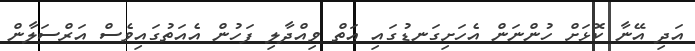
އަދިި އޭނާ ކޮޅަށް ހުންނަން އެހަށިގަނޑުގައި އަތް ވިއްދާލި ފަހުން އެއަތުގައިވެސް އަރްސަލާން